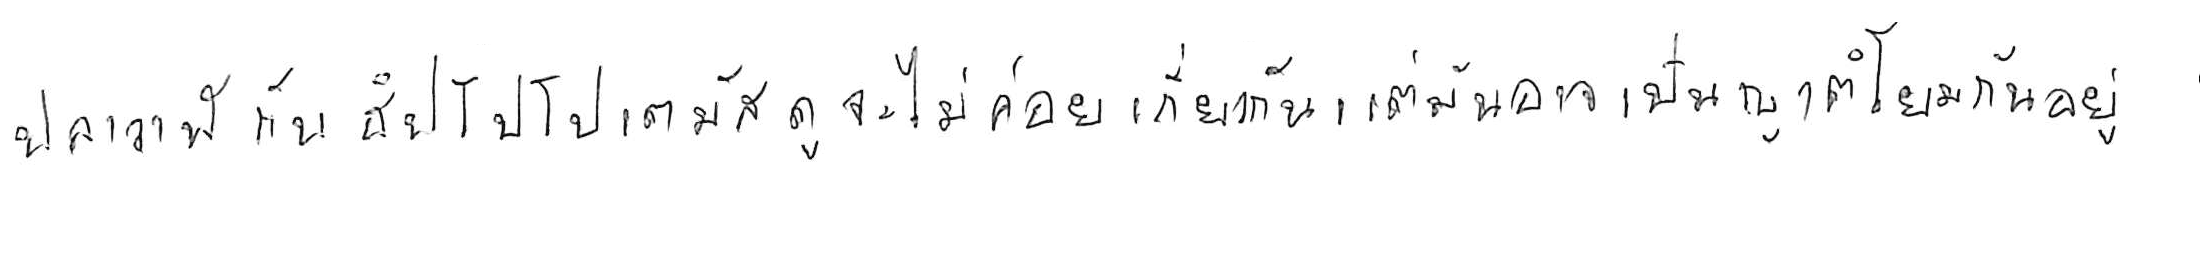
ปลาวาฬ กับ ฮิปโปโปเตมัส ดูจะไม่ค่อยเกี่ยวกัน แต่มันอาจเป็นญาติโยมกันอยู่